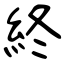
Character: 終